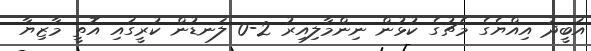
އަބީދު އިއްޔެގެ މެޗުގެ ކުޅުން ނިންމާލިއިރު 2-0 ލަނޑުން ކުރީގައި އޮތީ މާޒިޔާ